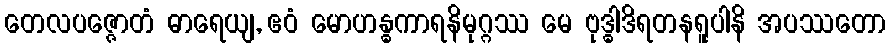
တေလပဇ္ဇောတံ ဓာရေယျ, ဧဝံ မောဟန္ဓကာရနိမုဂ္ဂဿ မေ ဗုဒ္ဓါဒိရတနရူပါနိ အပဿတော